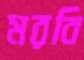
মরবি